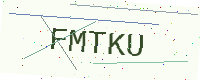
Text: FMTKU